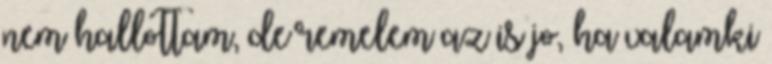
nem hallottam, de remelem az is jo, ha valamki